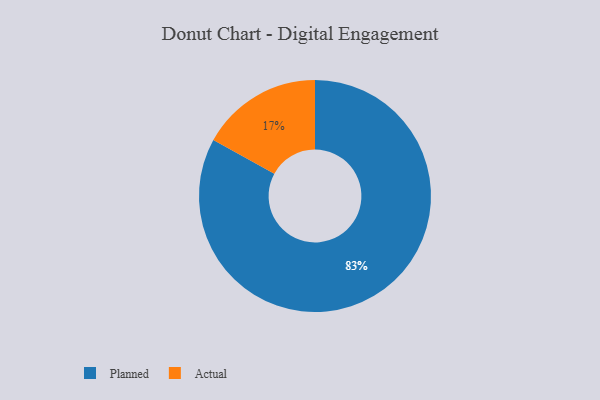
{"axis": {"x": "Category", "y": "Percentage"}, "legend": ["Actual", "Planned"], "data": [{"x": "Planned", "y": 83, "type": "Planned"}, {"x": "Actual", "y": 17, "type": "Actual"}]}